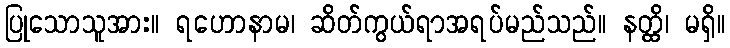
ပြုသောသူအား။ ရဟောနာမ၊ ဆိတ်ကွယ်ရာအရပ်မည်သည်။ နတ္ထိ၊ မရှိ။